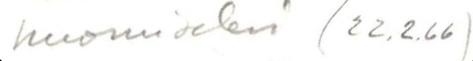
huomiseksi (22.2.66)